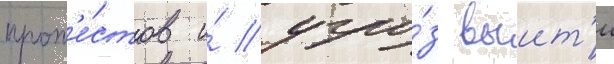
прот'е́стов и́ угро́з выит'и